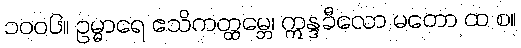
၁၀၀၆။ ဥမ္မာရေ ဧသိကတ္ထမ္ဘေ၊ ဣန္ဒခီလော မတော ထ စ။